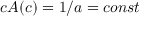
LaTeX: c A ( c ) = 1 / a = c o n s t